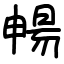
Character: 暢